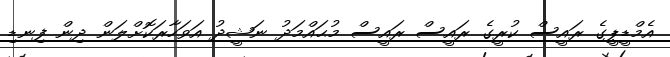
އެމްޑީޕީގެ ރައީސް ކުރީގެ ރައީސް ރައީސް މުޙައްމަދު ނަޝީދު އަވަހާރަކޮށްލަން ދިން ފިނޑި